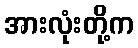
အားလုံးတို့က